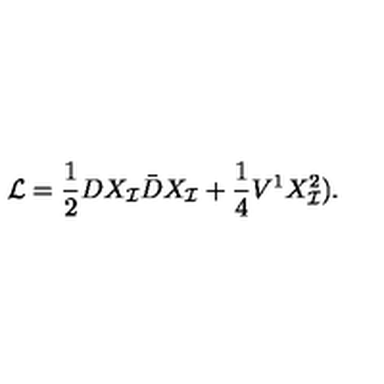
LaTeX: { \cal L } = \frac { { 1 } } { 2 } D X _ { \cal I } \bar { D } X _ { \cal I } + \frac { 1 } { 4 } V ^ { 1 } X _ { \cal I } ^ { 2 } ) .